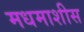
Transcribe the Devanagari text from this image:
मधमाशीस